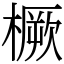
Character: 橛